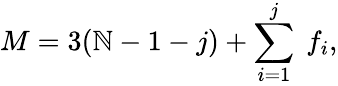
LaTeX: M=3(\mathbb{N}-1-j)+\sum_{i=1}^{j}\ f_{i},